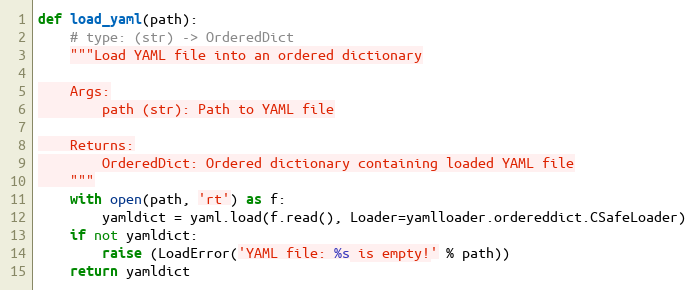
Language: Python
def load_yaml(path):
    # type: (str) -> OrderedDict
    """Load YAML file into an ordered dictionary

    Args:
        path (str): Path to YAML file

    Returns:
        OrderedDict: Ordered dictionary containing loaded YAML file
    """
    with open(path, 'rt') as f:
        yamldict = yaml.load(f.read(), Loader=yamlloader.ordereddict.CSafeLoader)
    if not yamldict:
        raise (LoadError('YAML file: %s is empty!' % path))
    return yamldict